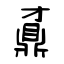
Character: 鼒